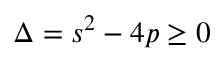
\Delta = s ^ { 2 } - 4 p \ge 0